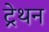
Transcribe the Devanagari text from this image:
ट्रेथन